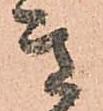
き